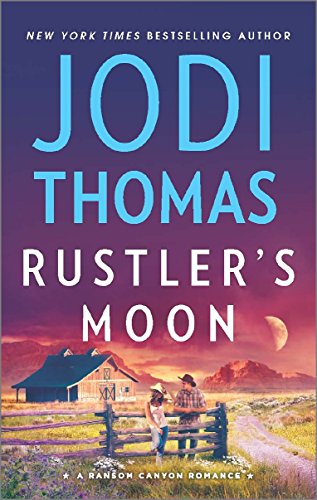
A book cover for Rustler's Moon (Ransom Canyon); Jodi Thomas; Romance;